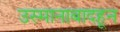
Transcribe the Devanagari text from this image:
उस्मानाबादहून